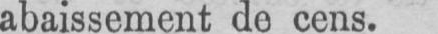
abaissement de cens.